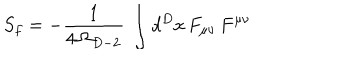
S _ { f } = - { \frac { 1 } { 4 \, \Omega _ { D - 2 } } } \, \int d ^ { D } x \, F _ { \mu \nu } \, F ^ { \mu \nu }